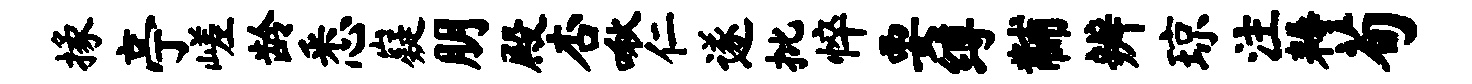
掾亭嵯龄悉嶷朋殿杏啾仁遂批悴要缚黼辨琼注耨荀